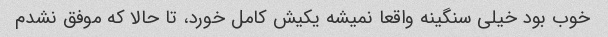
خوب بود خیلی سنگینه واقعا نمیشه یکیش کامل خورد، تا حالا که موفق نشدم